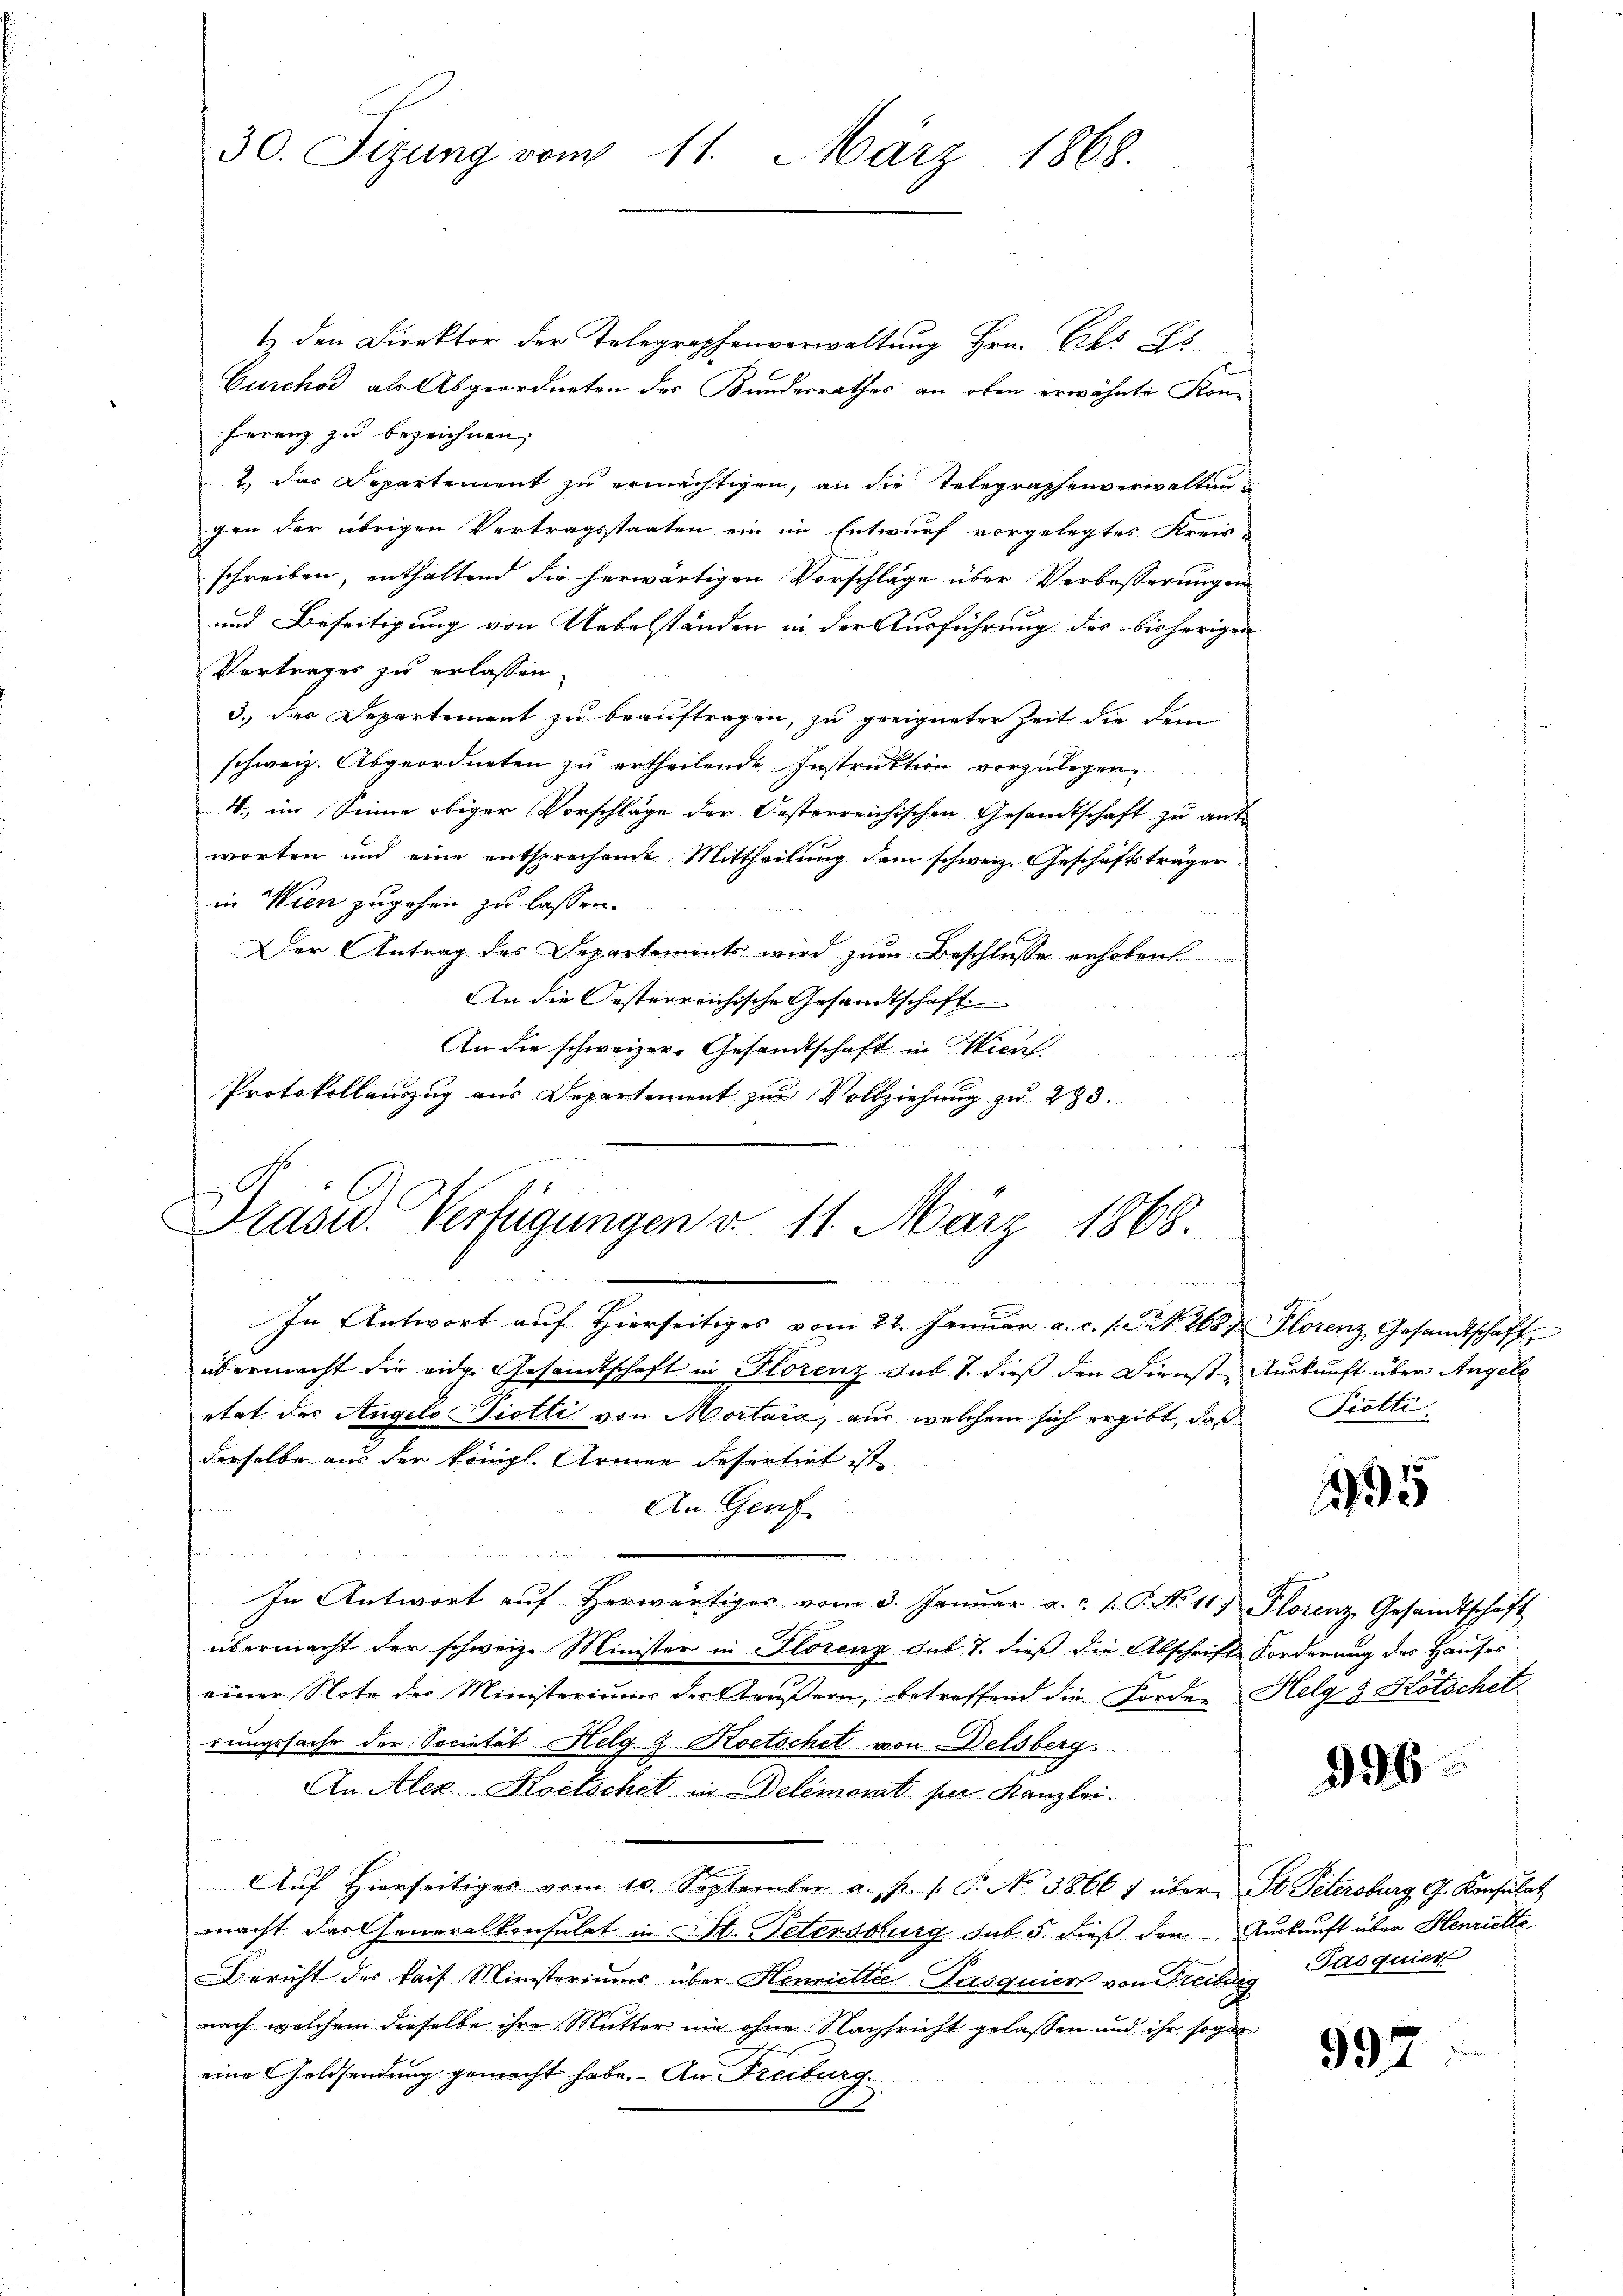
30. Sizung vom 11. März 1868.

1 den Direktor der Telegraphenverwaltung Hrn. Es Es
Curchod als Abgeordneten des Kundesrathes an oben erwähnte Kon¬
Ferenz zu bezeichnen,
2.) Das Departement zu ermächtigen, an die Telegraphenverwaltung
gen der übrigen Vertragsstaaten ein im Entwurf vorgelegtes Kreis-
schreiben, enthaltend die herwärtigen Vorschläge über Verbesserungen
und Beseitigung von Uebelständen in der Ausführung des bisherigen
Vertrages zu erlassen.
3.) Das Departement zu beauftragen, zu geeigneter Zeit die dem
schweiz. Abgeordneten zu ertheilende Instruktion vorzulegen
4, im Sinne obiger Vorschläge der Oesterreichischen Gesandtschaft zu antworten und eine entsprechende Mittheilung dem schweiz. Geschäftsträger
in Wien zugehen zu lassen.
Der Antrag des Departements wird zum Beschlusse erhoben
An die Oesterreichische Gesandtschaft
An die schweizer-Gesandtschaft in Mien
Protokollauszug aus Departement zur Vollziehung zu 283.

Präsid. Verfügungen d. 11. März 1868.

In Antwort auf Hierseitiges vom 22. Januar a. c. s. N. N. 268 Florenz Gesandtschaff
übermacht die eidg. Gesandtschaft in Florenz sub 7. dieß den Dienst-Auskunft über Angele
etat der Angelo Piotti von Mortara, aus welchem sich ergibt, daß Piotti
derselbe aus der königl. Armen defertirt ist
u, in
An Genf
f
n
In Antwort aŭf herwärtiges vom 3. Janŭar a. c. 1. P. N. 117 Florenz Gesandtschaft
übermacht der schweiz. Minister in Florenz sub 7. dieß die Abschrifts Forderung des Hauses
einer Note der Ministerium der Aeußern, betreffend die Forden Helg 9 Kötschet
rungssache der Societät Helg & Roetschet von Delsberg.
An Alex. Kostschit in Delémont per Kanzlei.
Aŭf Hierseitiges vom 10. September a. p. 1. P. No 38661 über St. Petersburg G. Konsulat
mnacht das Generalkonsulat in St. Petersburg sub. 5. dieß den Auskunft über Henriette
Bericht der kais. Ministeriums über Hennetter-Pasquierl von Freiburg, Pasquier
nach welchem dieselbe ihre Mutter nie ohne Nachfricht gelassen und ihr sogar
eine Goldsendung gemacht habe. An Freiburg
.

195

326

997